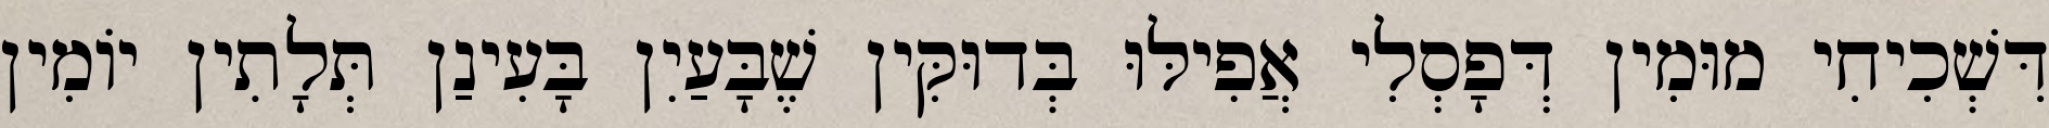
דִּשְׁכִיחִי מוּמִין דְּפָסְלִי אֲפִילּוּ בְּדוּקִּין שֶׁבָּעַיִן בָּעִינַן תְּלָתִין יוֹמִין